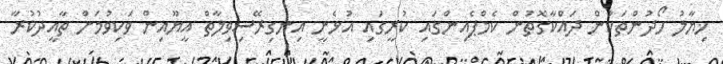
ޚިޔާލު ހޯދުންތަކުން ދައްކާގޮތުން ކެމްޕެއިންގައި ކުރީގައި އުޅެނީ އިނގިރޭސިވިލާތް އީޔޫއިން ވަކިވުމަށް ތާއީދުކުރާ